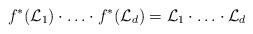
LaTeX: \begin{align*}f^*(\mathcal L_1)\cdot\ldots\cdot f^*(\mathcal L_d)=\mathcal L_1\cdot \ldots \cdot \mathcal L_d\end{align*}